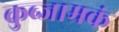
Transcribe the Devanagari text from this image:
कुब्जाम्रकं